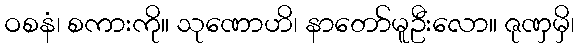
ဝစနံ၊ စကားကို။ သုဏောဟိ၊ နာတော်မူဦးလော။ ဇုဏှမှိ၊